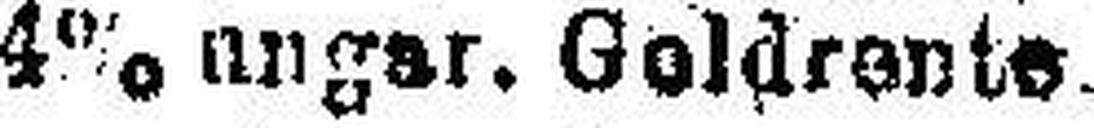
4% ungar. Goldrente.